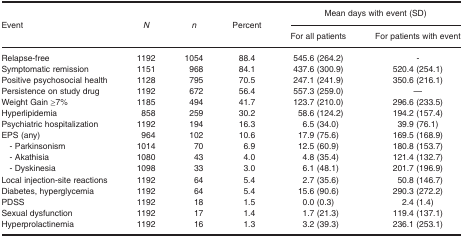
<table><thead><tr><td><b>Event</b></td><td><b><i>N</i></b></td><td><b><i>n</i></b></td><td><b>Percent</b></td><td colspan="2"><b>Mean days with event (SD)</b></td></tr><tr><td></td><td></td><td></td><td></td><td><b>For all patients</b></td><td><b>For patients with event</b></td></tr></thead><tbody><tr><td>Relapse-free</td><td>1192</td><td>1054</td><td>88.4</td><td>545.6 (264.2)</td><td>-</td></tr><tr><td>Symptomatic remission</td><td>1151</td><td>968</td><td>84.1</td><td>437.6 (300.9)</td><td>520.4 (254.1)</td></tr><tr><td>Positive psychosocial health</td><td>1128</td><td>795</td><td>70.5</td><td>247.1 (241.9)</td><td>350.6 (216.1)</td></tr><tr><td>Persistence on study drug</td><td>1192</td><td>672</td><td>56.4</td><td>557.3 (259.0)</td><td>—</td></tr><tr><td>Weight Gain ≥7%</td><td>1185</td><td>494</td><td>41.7</td><td>123.7 (210.0)</td><td>296.6 (233.5)</td></tr><tr><td>Hyperlipidemia</td><td>858</td><td>259</td><td>30.2</td><td>58.6 (124.2)</td><td>194.2 (157.4)</td></tr><tr><td>Psychiatric hospitalization</td><td>1192</td><td>194</td><td>16.3</td><td>6.5 (34.0)</td><td>39.9 (76.1)</td></tr><tr><td>EPS (any)</td><td>964</td><td>102</td><td>10.6</td><td>17.9 (75.6)</td><td>169.5 (168.9)</td></tr><tr><td> - Parkinsonism</td><td>1014</td><td>70</td><td>6.9</td><td>12.5 (60.9)</td><td>180.8 (153.7)</td></tr><tr><td> - Akathisia</td><td>1080</td><td>43</td><td>4.0</td><td>4.8 (35.4)</td><td>121.4 (132.7)</td></tr><tr><td> - Dyskinesia</td><td>1098</td><td>33</td><td>3.0</td><td>6.1 (48.1)</td><td>201.7 (196.9)</td></tr><tr><td>Local injection-site reactions</td><td>1192</td><td>64</td><td>5.4</td><td>2.7 (35.6)</td><td>50.8 (146.7)</td></tr><tr><td>Diabetes, hyperglycemia</td><td>1192</td><td>64</td><td>5.4</td><td>15.6 (90.6)</td><td>290.3 (272.2)</td></tr><tr><td>PDSS</td><td>1192</td><td>18</td><td>1.5</td><td>0.0 (0.3)</td><td>2.4 (1.4)</td></tr><tr><td>Sexual dysfunction</td><td>1192</td><td>17</td><td>1.4</td><td>1.7 (21.3)</td><td>119.4 (137.1)</td></tr><tr><td>Hyperprolactinemia</td><td>1192</td><td>16</td><td>1.3</td><td>3.2 (39.3)</td><td>236.1 (253.1)</td></tr></tbody></table>